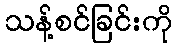
သန့်စင်ခြင်းကို